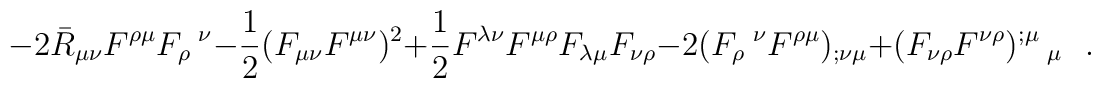
-2\bar{R}_{\mu\nu}F^{\rho\mu}F_\rho~^\nu-\frac 12 (F_{\mu\nu}F^{\mu\nu})^2+\frac 12 F^{\lambda\nu}F^{\mu\rho}F_{\lambda\mu}F_{\nu\rho}-2(F_{\rho}~^\nu F^{\rho\mu})_{;\nu\mu}+(F_{\nu\rho}F^{\nu\rho})^{;\mu}~_{\mu}~~~.